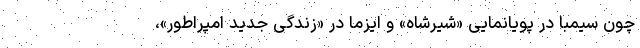
چون سیمبا در پویانمایی «شیرشاه» و ایزما در «زندگی جدید امپراطور»،